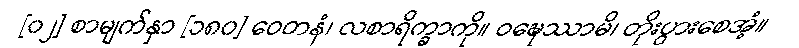
[၀၂] စာမျက်နှာ [၁၈၀] ဝေတနံ၊ လစာရိက္ခာကို။ ဝဍ္ဎေဿာမိ၊ တိုးပွားစေအံ့။